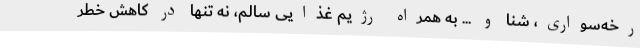
رخه‌سواری، شنا و ... به همراه رژیم غذایی سالم، نه تنها در کاهش خطر